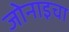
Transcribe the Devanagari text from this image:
जोनाइचा